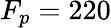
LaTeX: F_{p}=220